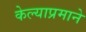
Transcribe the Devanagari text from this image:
केल्याप्रमाने